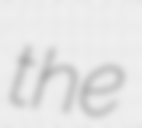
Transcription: the